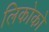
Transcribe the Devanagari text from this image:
लिकोको